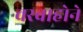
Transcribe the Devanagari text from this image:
चरवाहोने